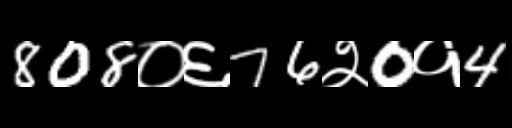
Text: 808०६76२0१4